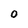
Character: O